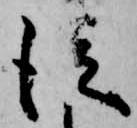
従